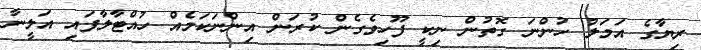
ރިޔާގެ އަމަލު ހުންނަ ގޮތުން ނިކީ ފޫހިވެގެން ކުރަން އިންނަކަމެއް ހުއްޓާލާފައި އަލީނާ